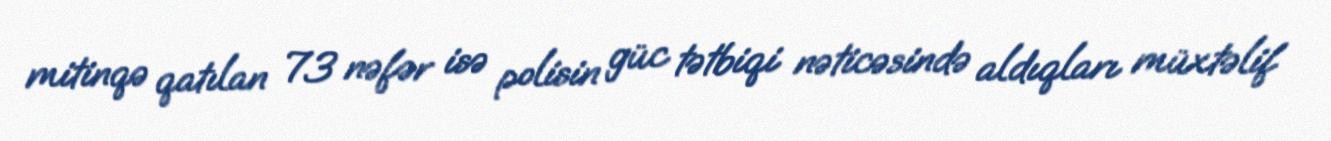
mitinqə qatılan 73 nəfər isə polisin güc tətbiqi nəticəsində aldıqları müxtəlif